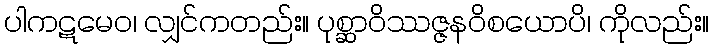
ပါကဋမေဝ၊ လျှင်ကတည်း။ ပုစ္ဆာဝိဿဇ္ဇနဝိစယောပိ၊ ကိုလည်း။